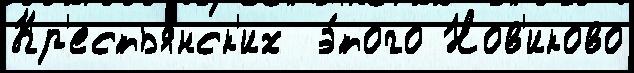
Кр'естья́нск'их  э́того Нов'иково